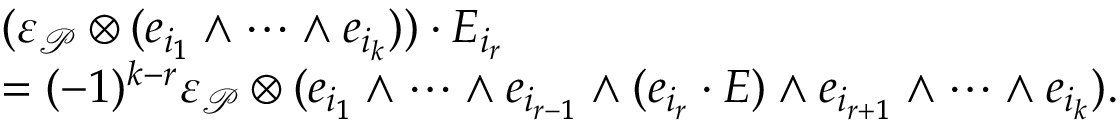
\begin{array} { r l } & { ( \varepsilon _ { \mathcal { P } } \otimes ( e _ { i _ { 1 } } \wedge \cdots \wedge e _ { i _ { k } } ) ) \cdot E _ { i _ { r } } } \\ & { = ( - 1 ) ^ { k - r } \varepsilon _ { \mathcal { P } } \otimes ( e _ { i _ { 1 } } \wedge \cdots \wedge e _ { i _ { r - 1 } } \wedge ( e _ { i _ { r } } \cdot E ) \wedge e _ { i _ { r + 1 } } \wedge \cdots \wedge e _ { i _ { k } } ) . } \end{array}